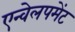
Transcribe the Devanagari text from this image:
एन्वेलपमेंट